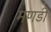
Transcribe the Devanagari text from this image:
मणडी